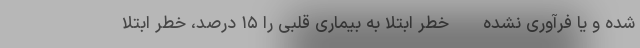
شده و یا فرآوری نشده - خطر ابتلا به بیماری قلبی را ۱۵ درصد، خطر ابتلا